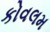
કોવલમ